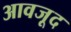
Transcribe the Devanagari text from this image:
आवजूद